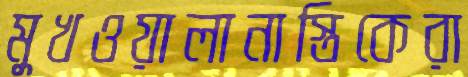
মুখওয়ালানাস্তিকেরা